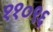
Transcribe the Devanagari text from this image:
११०९६